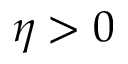
\eta > 0